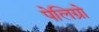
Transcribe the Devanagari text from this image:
पेलिग्रो